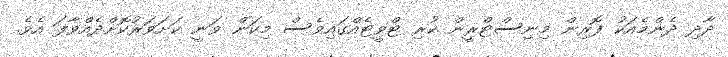
ދާދި ދެންމެއަކު ފޮރިން މިނިސްޓްރީން ކުރި ޓްވީޓެއްގައިވެސް މިކަން ވަނީ ކަށަވަރުކޮށްދެއްވާފަ އެވެ.